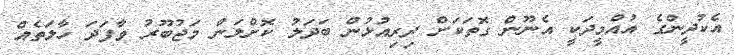
އެކުދީންގެ އުއްމީދަކީ އެނޫން ގޮތަކަށް ދިރިއުޅުން ބަދަލު ކޮށްލަން މަޖުބޫރު ވާފަދަ ހާލަތެއް